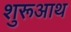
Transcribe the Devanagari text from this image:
शुरूआथ